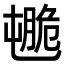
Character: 𦟒